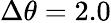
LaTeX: \Delta\theta=2.0